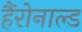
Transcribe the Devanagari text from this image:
हैंरोनाल्ड